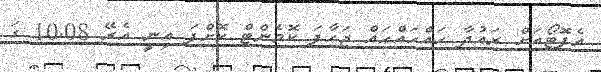
އެފޮޓޯއަށް ރައުދާ ހައްހައްހައް ޖަހާފަ ކޮމެންޓް ކޮށްފަ އިނީ އެރޭ 10.08 ގަ